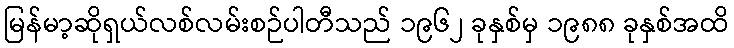
မြန်မာ့ဆိုရှယ်လစ်လမ်းစဉ်ပါတီသည် ၁၉၆၂ ခုနှစ်မှ ၁၉၈၈ ခုနှစ်အထိ